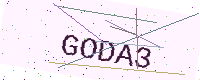
Text: GODA3